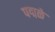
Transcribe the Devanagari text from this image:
पद्मळे